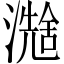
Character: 𪷮